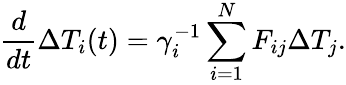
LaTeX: \frac{d}{dt}\Delta{T}_{i}(t)=\gamma_{i}^{-1}\sum_{i=1}^{N}F_{ij}\Delta T_{j}.